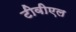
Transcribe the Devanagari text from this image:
टीवीएल